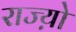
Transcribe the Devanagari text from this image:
राज्य़ो